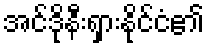
အင်ဒိုနီးရှားနိုင်ငံ၏